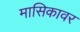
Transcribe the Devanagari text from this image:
मासिकावर